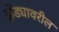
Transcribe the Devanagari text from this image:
झेंड्यावरील